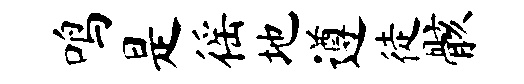
鸣是徭地遵徒骸